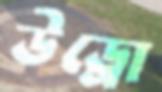
উড্রো